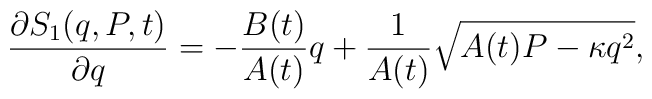
\frac{\partial S_{1}(q,P,t)}{\partial q}=-\frac{B(t)}{A(t)}q+\frac{1}{A(t)}\sqrt{A(t)P-\kappa q^{2}},